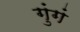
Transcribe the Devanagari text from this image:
गुंगं